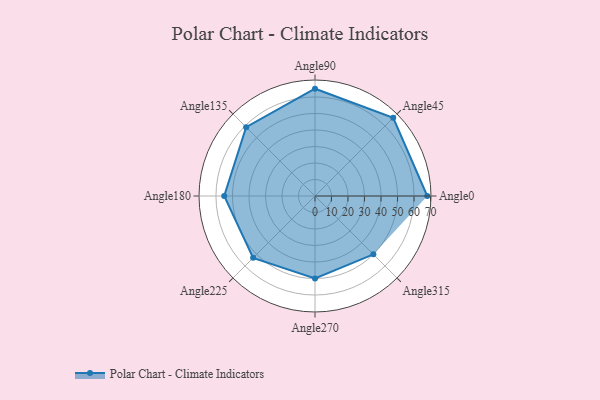
{"axis": {"x": "Angle", "y": "Radius"}, "legend": [""], "data": [{"x": "Angle0", "y": 68.0, "type": ""}, {"x": "Angle45", "y": 67.0, "type": ""}, {"x": "Angle90", "y": 65.0, "type": ""}, {"x": "Angle135", "y": 59.0, "type": ""}, {"x": "Angle180", "y": 55.0, "type": ""}, {"x": "Angle225", "y": 53.0, "type": ""}, {"x": "Angle270", "y": 50, "type": ""}, {"x": "Angle315", "y": 50.0, "type": ""}]}